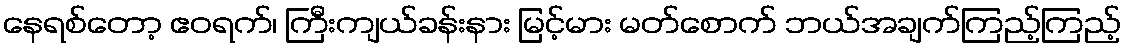
နေရစ်တော့ ဧဝရက်၊ ကြီးကျယ်ခန်းနား မြင့်မား မတ်စောက် ဘယ်အချက်ကြည့်ကြည့်